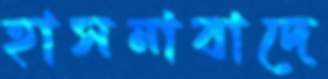
হাসনাবাদে